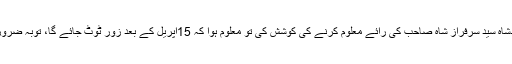
اس سلسلےمیں جب کشف کی دنیا کے بادشاہ سید سرفراز شاہ صاحب کی رائے معلوم کرنے کی کوشش کی تو معلوم ہوا کہ 15اپریل کے بعد زور ٹوٹ جائے گا، توبہ ضروری ہے، پریشان ہونا مسئلے کا حل نہیں۔